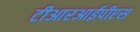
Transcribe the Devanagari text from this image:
टीआरआईपीएस